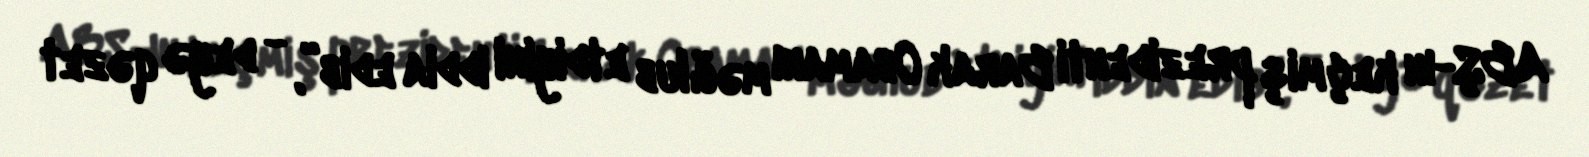
ABŞ-ın keçmiş prezidenti Barak Obamanı məğlub etdiyini iddia edib”, - deyə qəzet